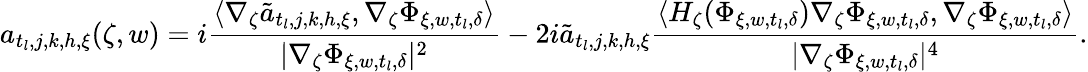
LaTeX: a_{t_{l},j,k,h,\xi}(\zeta,w)=i\frac{\langle\nabla_{\zeta}\tilde{a}_{t_{l},j,k,h,\xi},\nabla_{\zeta}\Phi_{\xi,w,t_{l},\delta}\rangle}{|\nabla_{\zeta}\Phi_{\xi,w,t_{l},\delta}|^{2}}-2i\tilde{a}_{t_{l},j,k,h,\xi}\frac{\langle H_{\zeta}(\Phi_{\xi,w,t_{l},\delta})\nabla_{\zeta}\Phi_{\xi,w,t_{l},\delta},\nabla_{\zeta}\Phi_{\xi,w,t_{l},\delta}\rangle}{|\nabla_{\zeta}\Phi_{\xi,w,t_{l},\delta}|^{4}}.